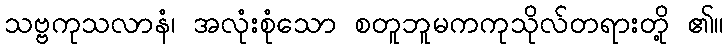
သဗ္ဗကုသလာနံ၊ အလုံးစုံသော စတူဘူမကကုသိုလ်တရားတို့ ၏။